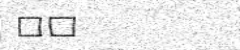
٥١